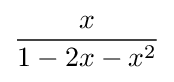
{\frac {x}{1-2x-x^{2}}}